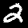
Digit: 2